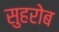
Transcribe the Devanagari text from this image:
सुहरोब